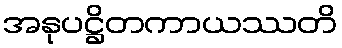
အနုပဋ္ဌိတကာယဿတိ